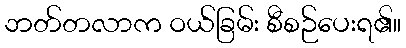
ဘတ်တလာက ဝယ်ခြမ်း စီစဉ်ပေးရ၏။